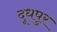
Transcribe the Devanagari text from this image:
दूधपुर